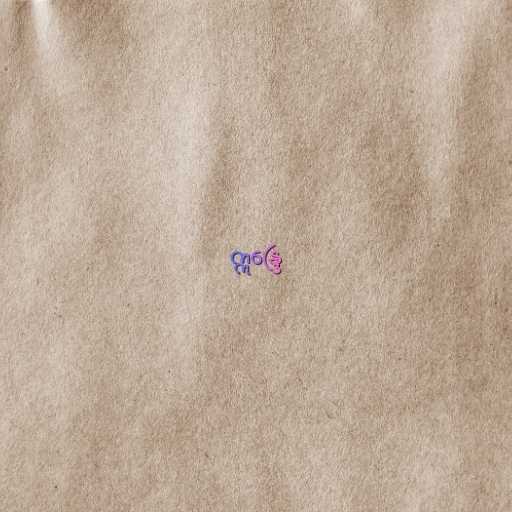
ဣန္ဒြေ